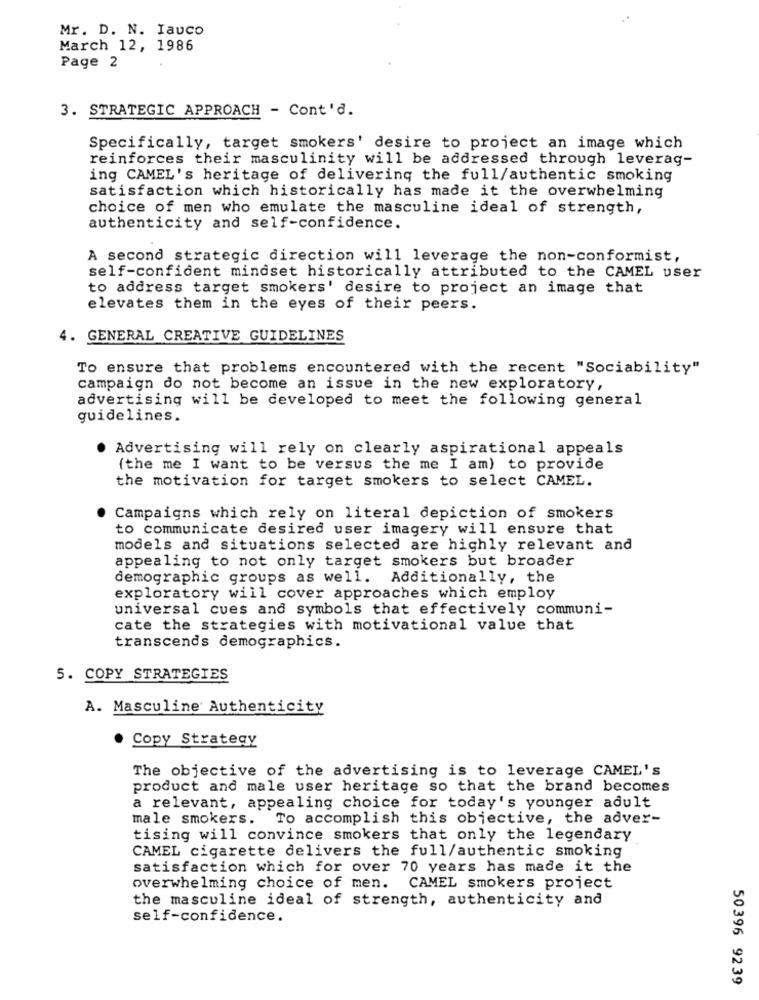
Mr. D. N. Iauco
March 12, 1986
Page 2
3. STRATEGIC APPROACH - Cont'd.
Specifically, target smokers' desire to project an image which
reinforces their masculinity will be addressed through leverag-
ing CAMEL's heritage of delivering the full/authentic smoking
satisfaction which historically has made it the overwhelming
choice of men who emulate the masculine ideal of strength,
authenticity and self-confidence.
A second strategic direction will leverage the non-conformist,
self-confident mindset historically attributed to the CAMEL user
to address target smokers' desire to project an image that
elevates them in the eyes of their peers.
4. GENERAL CREATIVE GUIDELINES
To ensure that problems encountered with the recent "Sociability"
campaign do not become an issue in the new exploratory,
advertising will be developed to meet the following general
guidelines.
Advertising will rely on clearly aspirational appeals
(the me I want to be versus the me I am) to provide
the motivation for target smokers to select CAMEL.
Campaigns which rely on literal depiction of smokers
to communicate desired user imagery will ensure that
models and situations selected are highly relevant and
appealing to not only target smokers but broader
demographic groups as well. Additionally, the
exploratory will cover approaches which employ
universal cues and symbols that effectively communi-
cate the strategies with motivational value that
transcends demographics.
5. COPY STRATEGIES
A. Masculine Authenticity
. Copy Strategy
The objective of the advertising is to leverage CAMEL's
product and male user heritage so that the brand becomes
a relevant, appealing choice for today's younger adult
male smokers. To accomplish this objective, the adver-
tising will convince smokers that only the legendary
CAMEL cigarette delivers the full/authentic smoking
satisfaction which for over 70 years has made it the
overwhelming choice of men.
CAMEL smokers project
the masculine ideal of strength, authenticity and
self-confidence.
50396 9239